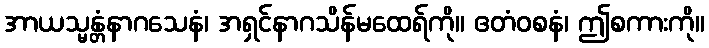
အာယသ္မန္တံနာဂသေနံ၊ အရှင်နာဂသိန်မထေရ်ကို။ ဧတံဝစနံ၊ ဤစကားကို။